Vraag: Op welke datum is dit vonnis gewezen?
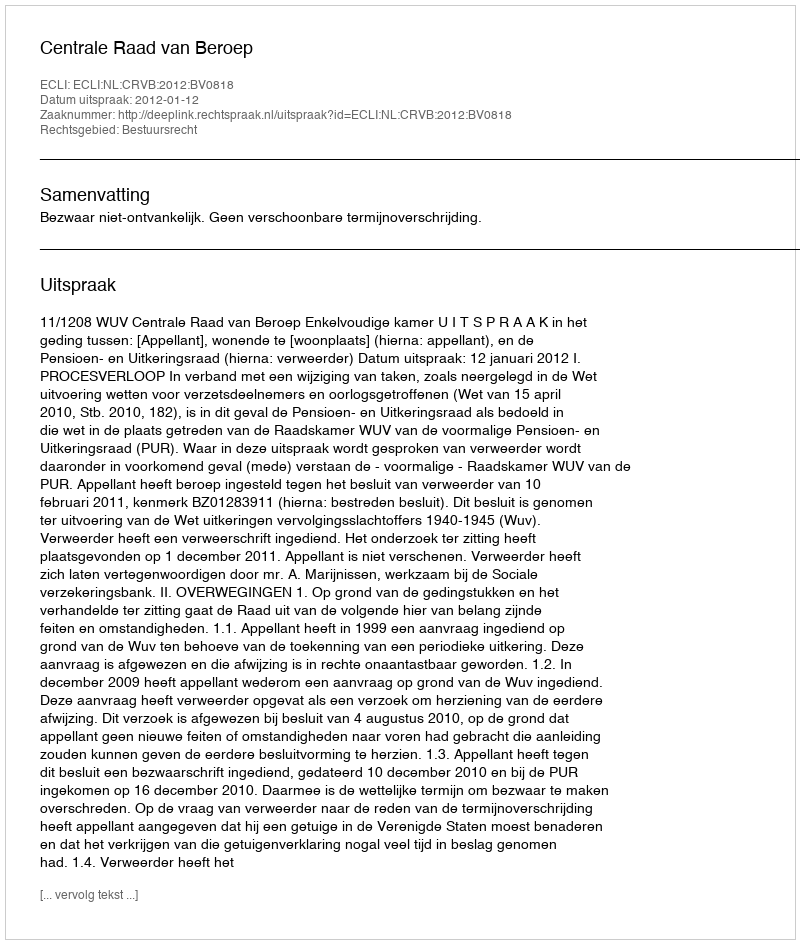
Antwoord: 2012-01-12